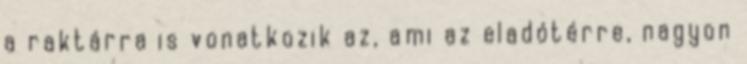
a raktárra is vonatkozik az, ami az eladótérre, nagyon